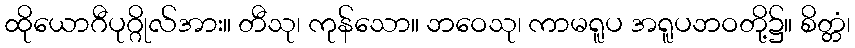
ထိုယောဂီပုဂ္ဂိုလ်အား။ တီသု၊ ကုန်သော။ ဘဝေသု၊ ကာမရူပ အရူပဘဝတို့၌။ စိတ္တံ၊